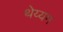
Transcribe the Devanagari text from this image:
थेय्यम